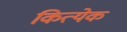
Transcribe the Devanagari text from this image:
कित्‍येक